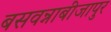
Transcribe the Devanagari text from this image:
बसवन्नाबीजापुर